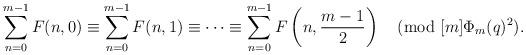
LaTeX: \begin{align*}\sum_{n=0}^{m-1}F(n,0)\equiv \sum_{n=0}^{m-1}F(n,1) \equiv\cdots\equiv \sum_{n=0}^{m-1}F\left(n,\frac{m-1}{2}\right) \pmod{[m]\Phi_m(q)^2}. \end{align*}